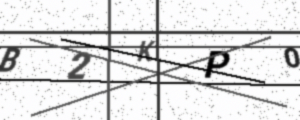
Text: B2KP0